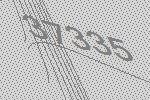
37335